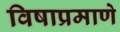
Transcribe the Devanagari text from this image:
विषाप्रमाणे